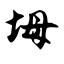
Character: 坶